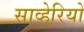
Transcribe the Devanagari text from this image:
साव्हेरियो